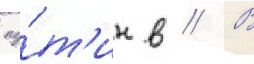
пу́т'ин в // В